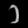
Digit: ၁